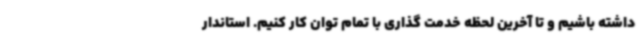
داشته باشیم و تا آخرین لحظه خدمت گذاری با تمام توان کار کنیم. استاندار